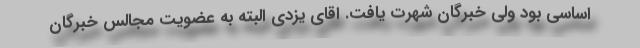
اساسی بود ولی خبرگان شهرت یافت. اقای یزدی البته به عضویت مجالس خبرگان